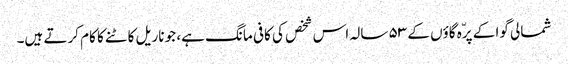
شمالی گوا کے پرّہ گاؤں کے ۵۳ سالہ اس شخص کی کافی مانگ ہے، جو ناریل کاٹنے کا کام کرتے ہیں۔